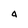
Character: 4